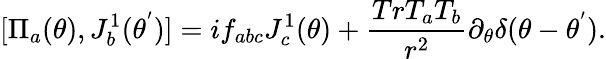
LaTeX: [{\Pi}_{a}(\theta),J_{b}^{1}({\theta}^{'})]=if_{abc}J_{c}^{1}(\theta)+\frac{TrT_{a}T_{b}}{r^{2}}{\partial}_{\theta}{\delta}(\theta-{\theta}^{'}).